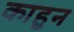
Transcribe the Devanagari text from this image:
काहुन